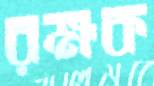
রক্ষক